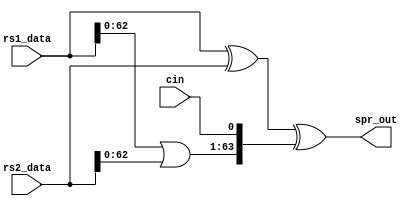
module sparc_exu_aluspr(/*AUTOARG*/
   // Outputs
   spr_out, 
   // Inputs
   rs1_data, rs2_data, cin
   );

input [63:0] rs1_data;
input [63:0] rs2_data;
   input     cin;
output [63:0] spr_out;

wire [63:0] rs1_data_xor_rs2_data;
wire [62:0] rs1_data_or_rs2_data;
wire [63:0] shift_or;

assign rs1_data_xor_rs2_data[63:0] = rs1_data[63:0] ^ rs2_data[63:0];
assign rs1_data_or_rs2_data[62:0] = rs1_data[62:0] | rs2_data[62:0];
assign shift_or[63:0] = {rs1_data_or_rs2_data[62:0],cin};

assign spr_out[63:0] = rs1_data_xor_rs2_data[63:0] ^ shift_or[63:0];

endmodule